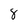
Character: 8